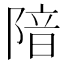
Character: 隌